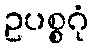
ဥပစ္စဂုံ